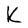
Character: K